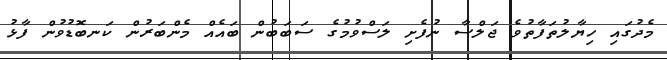
މެދުގައި ހިޔާލުތަފާތުވެ ޖަލްސާ ނުފެށި ލަސްވުމުގެ ސަބަބުން ބައެއް މެންބަރުން ކަނބޮޑުވުން ފާޅު